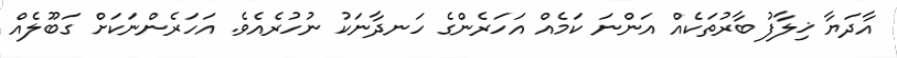
އާދަޔާ ޚިލާފު ބާރުތަކެއް އަންނަ ކަމެއް އަހަރެންގެ ހަނދާނަކު ނުހުރެއެވެ. އަހަރެންނަކަށް ގަބޫލެއް